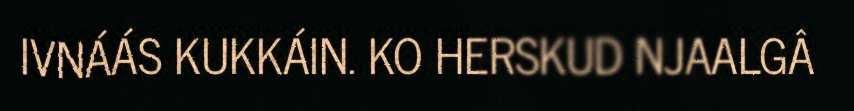
IVNÁÁS KUKKÁIN. KO HERSKUD NJAALGÂ